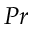
P r